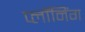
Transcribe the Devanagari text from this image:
प्लॉनिंग